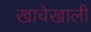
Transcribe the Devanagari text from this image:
खाचेखाली